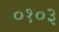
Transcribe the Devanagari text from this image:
०१०३